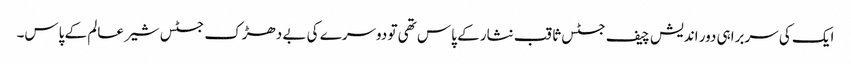
ایک کی سربراہی دور اندیش چیف جسٹس ثاقب نثار کے پاس تھی تو دوسرے کی بے دھڑک جسٹس شیر عالم کے پاس۔